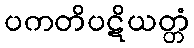
ပကတိပဋိယတ္တံ